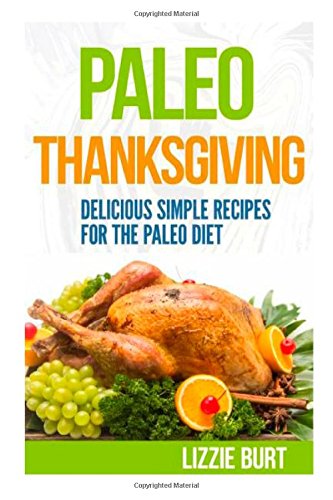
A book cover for Paleo Thanksgiving: Simple Delicious Recipes For The Paleo Diet; Lizzie Burt; Cookbooks, Food & Wine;